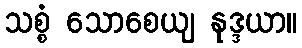
သစ္စံ သောစေယျ နုဒ္ဒယာ။